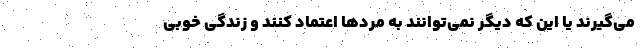
می‌گیرند یا این که دیگر نمی‌توانند به مردها اعتماد کنند و زندگی خوبی